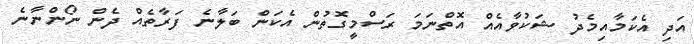
އަދި އެކަމާއިމެދު ޝަކުވާއެއް އޮތްނަމަ ރަސްމީގޮތުން އެކަން ބަލާނެ ފަރާތެއް ދެން ނޯންނާނެ